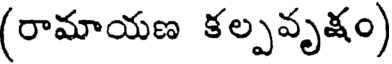
(రామాయణ కల్పవృక్షం)